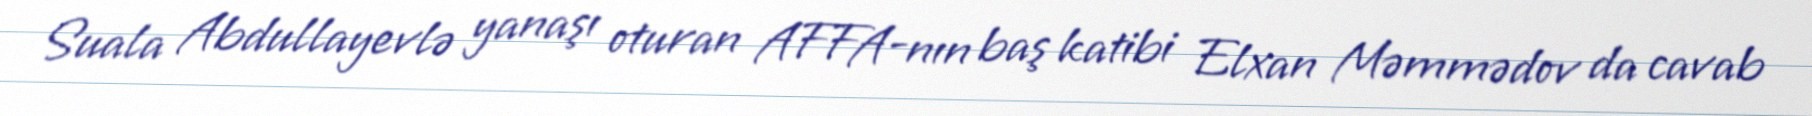
Suala Abdullayevlə yanaşı oturan AFFA-nın baş katibi Elxan Məmmədov da cavab